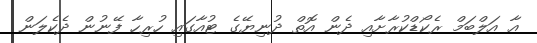
އާ އަލްބަމް ރެކޯޑްކުރާށާއި ދެން އޮތް ދުނިޔޭގެ ޓުއާގައި ހުރިހާ ފޭނުން ދެކެލަން